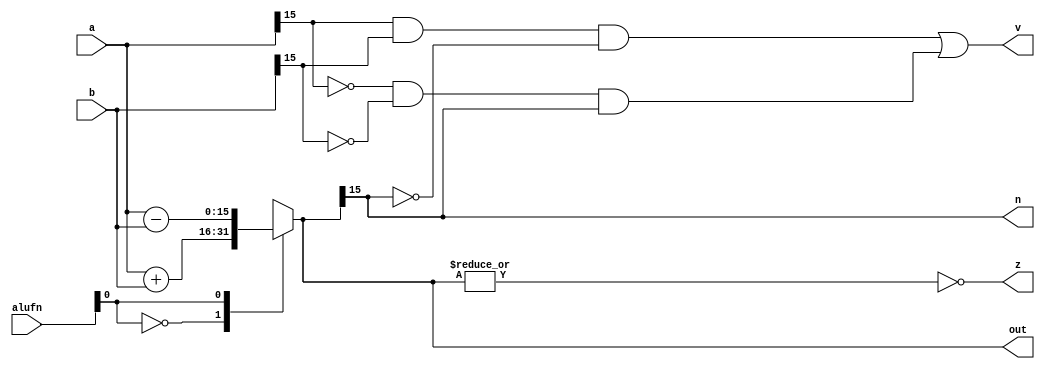
/*
   This file was generated automatically by the Mojo IDE version B1.3.6.
   Do not edit this file directly. Instead edit the original Lucid source.
   This is a temporary file and any changes made to it will be destroyed.
*/

module adder_16bits_22 (
    input [15:0] a,
    input [15:0] b,
    input [1:0] alufn,
    output reg [15:0] out,
    output reg z,
    output reg v,
    output reg n
  );
  
  
  
  reg [15:0] what;
  
  always @* begin
    
    case (alufn[0+0-:1])
      1'h0: begin
        what = a + b;
      end
      1'h1: begin
        what = a - b;
      end
      default: begin
        what = 1'h0;
      end
    endcase
    n = what[15+0-:1];
    v = (a[15+0-:1] & b[15+0-:1] & (~what[15+0-:1])) | ((~a[15+0-:1]) & (~b[15+0-:1]) & what[15+0-:1]);
    z = (~|what);
    out = what;
  end
endmodule